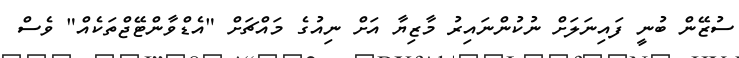
ސުޒޭން ބުނީ ފައިނަލަށް ނުކުންނައިރު މާޒިޔާ އަށް ނިއުގެ މައްޗަށް "އެޑްވާންޓޭޖްތަކެއް" ވެސް